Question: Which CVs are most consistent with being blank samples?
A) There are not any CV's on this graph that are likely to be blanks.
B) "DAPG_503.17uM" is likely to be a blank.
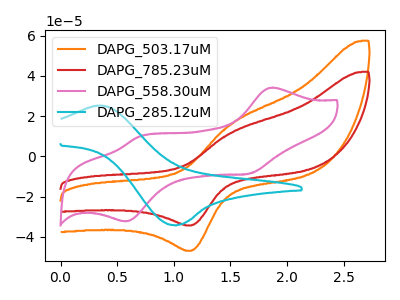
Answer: <think>The orange curve "DAPG_503.17uM" has an anodic peak at (1.55V, 17.05uA) and a cathodic peak at (1.15V, -46.90uA). The red curve "DAPG_785.23uM" has an anodic peak at (1.55V, 12.45uA) and a cathodic peak at (1.15V, -34.30uA). The pink curve "DAPG_558.30uM" has anodic peaks at (1.85V, 34.20uA) (0.70V, 9.95uA) and cathodic peaks at (1.65V, -8.60uA) (0.55V, -32.25uA). The cyan curve "DAPG_285.12uM" has an anodic peak at (0.35V, 25.35uA) and a cathodic peak at (1.00V, -34.15uA).</think>
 <answer>A) There are not any CV's on this graph that are likely to be blanks.</answer>
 <eval>A</eval>